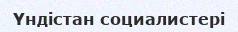
Үндістан социалистері